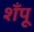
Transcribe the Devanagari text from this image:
शँपू